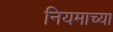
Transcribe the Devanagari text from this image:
नियमाच्या